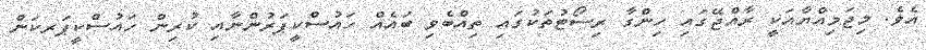
އެވެ. މިޖަމިއްޔާއަކީ ރާއްޖޭގައި ހިންގާ ރިސޯޓުތަކުގައި ތިއްބެވި ބައެއް ހައުސްކީޕަރުންނާއި ކުރިން ހައުސްކީޕަރކަން